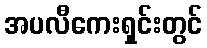
အပလီကေးရှင်းတွင်